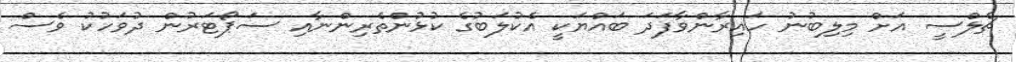
ޗެލްސީ އަށް މިލިބުނު ހައިރާންވާފަދަ ބައްޔަކީ އެކުލަބުގެ ކުޅުންތެރިންނާއި ސަޕޯޓަރުން ދުވަހުކު ވެސް